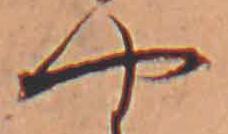
や